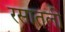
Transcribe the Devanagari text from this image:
रसातली